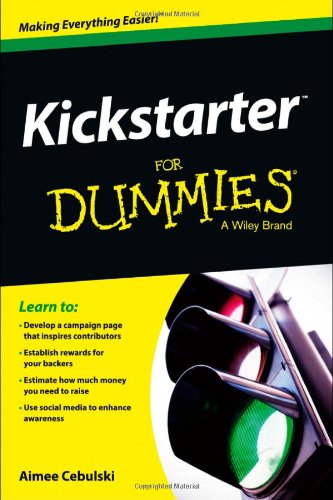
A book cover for Kickstarter For Dummies; Aimee Cebulski; Business & Money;